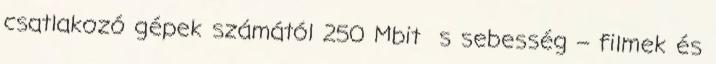
csatlakozó gépek számától 250 Mbit s sebesség – filmek és